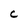
Character: C